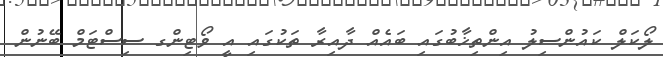
ލޯކަލް ކައުންސިލު އިންތިޚާބުގައި ބައެއް ދާއިރާ ތަކުގައި އީ ވޯޓިންގ ސިސްޓަމް ބޭނުން